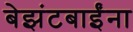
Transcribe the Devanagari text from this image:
बेझंटबाईंना